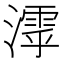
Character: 𣿋